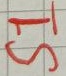
Text: S1